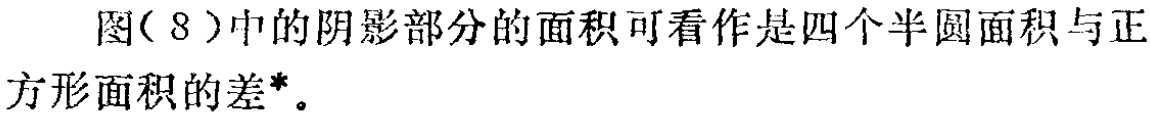
图(8)中的阴影部分的面积可看作是四个半圆面积与正方形面积的差*。